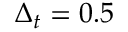
\Delta _ { t } = 0 . 5